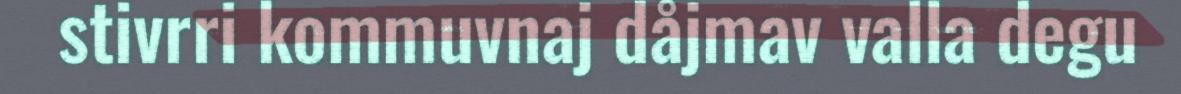
stivrri kommuvnaj dåjmav valla degu